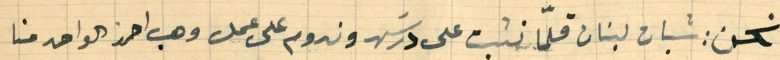
نحن: شبان لبنان قلمّا نثبت على درسَ وندوم على عمل وهب احرز الواحد منا